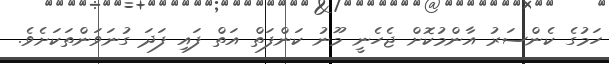
ހަމުގެ ކެންސަރު އާންމުކޮށް ޖެހެނީ މޫނު ކަންފަތް އަތް ފައި ފަދަ ގުނަވަންތަކަށެވެ.